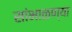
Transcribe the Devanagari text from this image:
सांभाळण्या